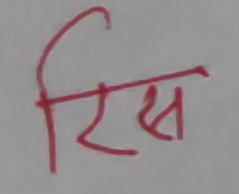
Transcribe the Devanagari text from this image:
रिस